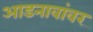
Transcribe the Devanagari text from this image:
आडनावांवर